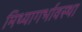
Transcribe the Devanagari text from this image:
मिथ्यागर्भावस्था